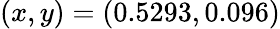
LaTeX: (x,y)=(0.5293,0.096)